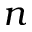
n